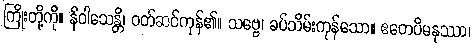
ကြိုးတို့ကို။ နိဝါသေန္တိ၊ ဝတ်ဆင်ကုန်၏။ သဗ္ဗေ၊ ခပ်သိမ်းကုန်သော။ ဧတေပိမနုဿာ၊